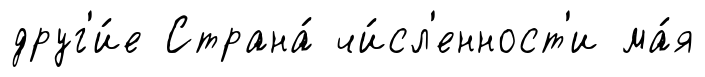
друг'и́е Страна́ чи́сл'енност'и ма́я